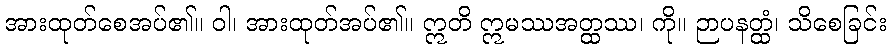
အားထုတ်စေအပ်၏။ ဝါ၊ အားထုတ်အပ်၏။ ဣတိ ဣမဿအတ္ထဿ၊ ကို။ ဉာပနတ္ထံ၊ သိစေခြင်း